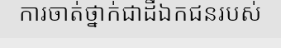
ការចាត់ថ្នាក់ជាដីឯកជនរបស់